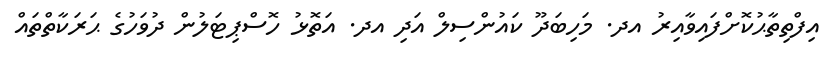
އިފްތިތާޙުކޮށްފައިވާއިރު އދ. މަހިބަދޫ ކައުންސިލް އަދި އދ. އަތޮޅު ހޮސްޕިޓަލުން ދުވަހުގެ ޙަރަކާތްތައް